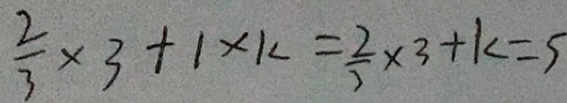
\frac { 2 } { 3 } \times 3 + 1 \times k = \frac { 2 } { 3 } \times 3 + k = 5